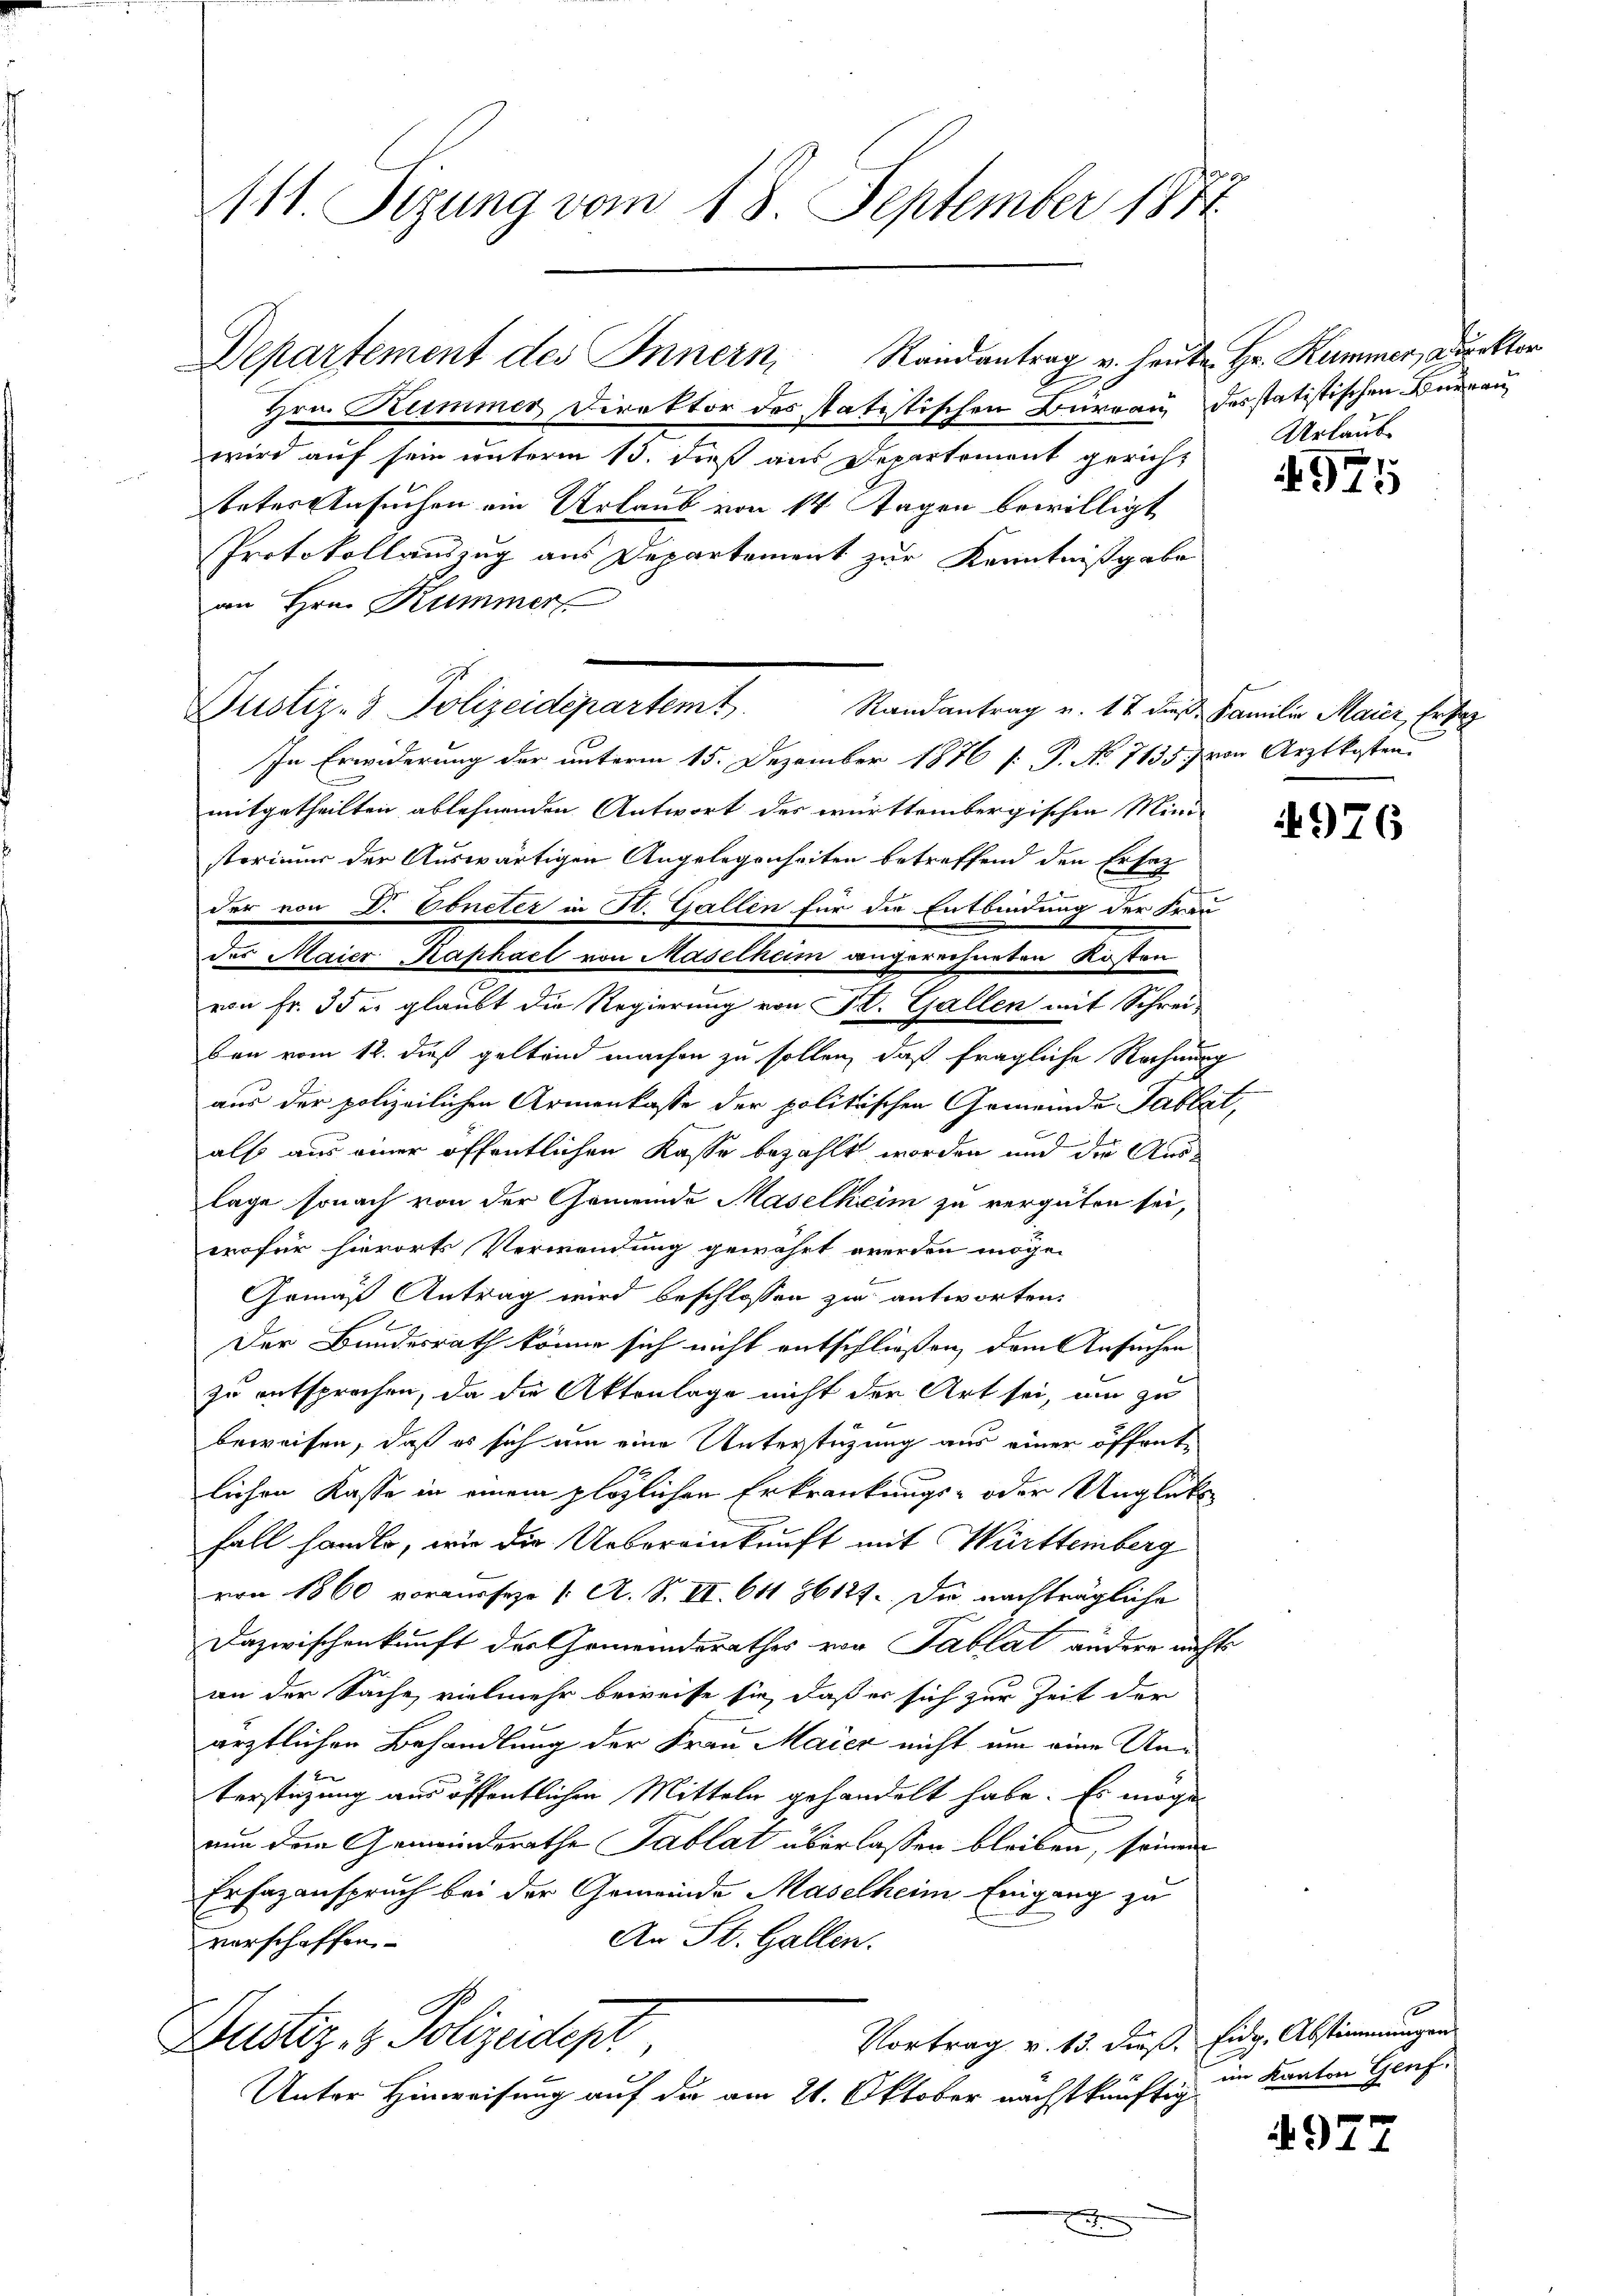
111. Sizung vom 18. September 1841.

Departement des Innern, Randantrag u. heute Hr. Kummer, Direktor

Justiz- & Polizeidepartem t

Hrn. Kummer Direktor des Statistischen Büreau desstatistischen Bureau
wird auf sein unterm 13. dieß aus Departement gericht
beter Ansuchen ein Urlaub von 14 Tagen bewilligt
Protokollauszug aus Departement zur Kenntnißgabe
an Hrn. Kummer
Randantrag v. 17 die Familie Maier, Er sag
In Erwiderung der unterm 15. Dezember 1876 [ P. No 7135. von Arztkosten
mitgetheilten ablehnenden Antwort des württembergischen Mini
sterimum der Auswärtigen Angelegenheiten betreffend den Ersatz
der von D. Ebneter in St. Gallen für die Entbindung der Frau
des Maier Kaphael von Maselheim angerechneten Kosten
von Fr. 3 der glaubt die Regierung von St. Gallen mit Schrei-
ben vom 12. dieß geltend machen zu sollen, daß fragliche Rechnung
aus der polizeilichen Armenkasse der politischen Gemeinde Tablaalso aus einer öffentlichen Kasse bezahlt worden und die Auslage sonach von der Gemeinde Maselkeim zu vergüten sei,
wofür hierorts Verwendung gewährt werden möge.
Gemäß Antrag wird beschlossen zu antworten:
.
Der Bundesrath könne sich nicht entschließen, dem Ansuchen
zu entsprechen, da die Aktenlage nicht der Art sei, um zu
beweisen, daß es sich um eine Unterstüzung aus einer öffentlichen Kasse in einem plözlichen Erkrankungs- oder Unglükte
fall handlo, wie die Uebereinkunft mit Württemberg
von 1860 vorausseze 1. A. S. III 641 86127. Die nachträgliche
Dazwischenkunft der Gemeinderathes vor Tablat andere nicht
an der Sache, vielmehr beweise sie, daß er sich zur Zeit der
ärztlichen Behandlung der Frau Maier nicht um eine Unterstüzung aus öffentlichen Mitteln gehandelt habe. Es möge
nun dem Gemeinderathe Tablat überlassen bleiben, seinem
Erfazanspruch bei der Gemeinde Maselheim Eingang zu
An St. Gallen.
verschaffen
Vortrag v. 13. dieß, Eidg. Abstimmungen
Dustiz- & Polizeidept.
Unter Hinweisung auf die am 21. Oktober nächstkünftig

Urlaub

E
t

1
497.

4976

1
im Kanton Genf.

4977